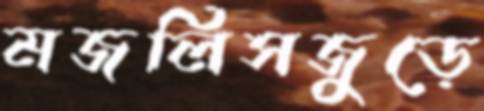
মজলিসজুড়ে